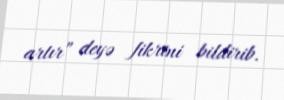
artır” deyə fikrini bildirib.